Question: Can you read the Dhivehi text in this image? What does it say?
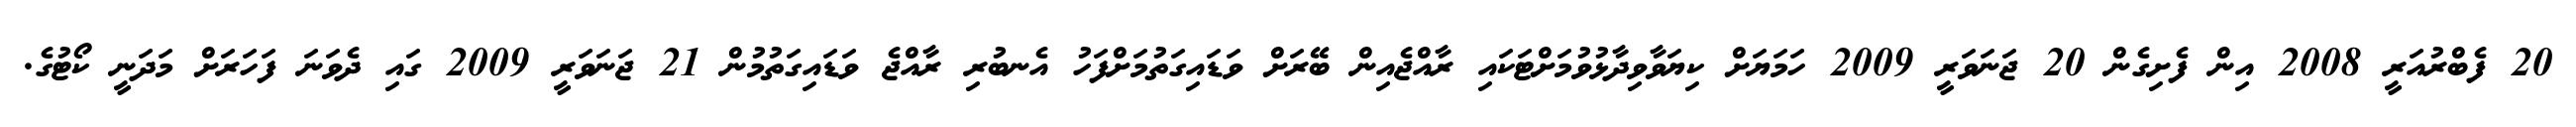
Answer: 20 ފެބްރުއަރީ 2008 އިން ފެށިގެން 20 ޖަނަވަރީ 2009 ހަމަޔަށް ކިޔަވާވިދާޅުވުމަށްޓަކައި ރާއްޖެއިން ބޭރަށް ވަޑައިގަތުމަށްފަހު އެނބުރި ރާއްޖެ ވަޑައިގަތުމުން 21 ޖަނަވަރީ 2009 ގައި ދެވަނަ ފަހަރަށް މަދަނީ ކޯޓުގެ.